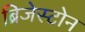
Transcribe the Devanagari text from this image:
ब्रिजेस्टोन